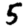
Digit: 5